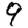
Digit: 9